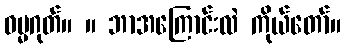
ဓမ္မဂုတ်။ ။ ဘာအကြောင်းလဲ ကိုယ်တော်။